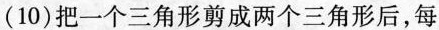
( 10 )把一个三角形剪成两个三角形后，每